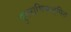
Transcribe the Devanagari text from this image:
पुनराभिकल्पित